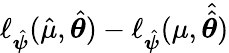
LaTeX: \ell_{\hat{\boldsymbol{\psi}}}(\hat{\mu},\hat{\boldsymbol{\theta}})-\ell_{\hat{\boldsymbol{\psi}}}(\mu,\hat{\hat{\boldsymbol{\theta}}})